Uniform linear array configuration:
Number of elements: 32
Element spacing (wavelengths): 0.25
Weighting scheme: binomial
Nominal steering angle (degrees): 15
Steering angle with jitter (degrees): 15.436
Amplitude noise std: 0.05
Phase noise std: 0.05

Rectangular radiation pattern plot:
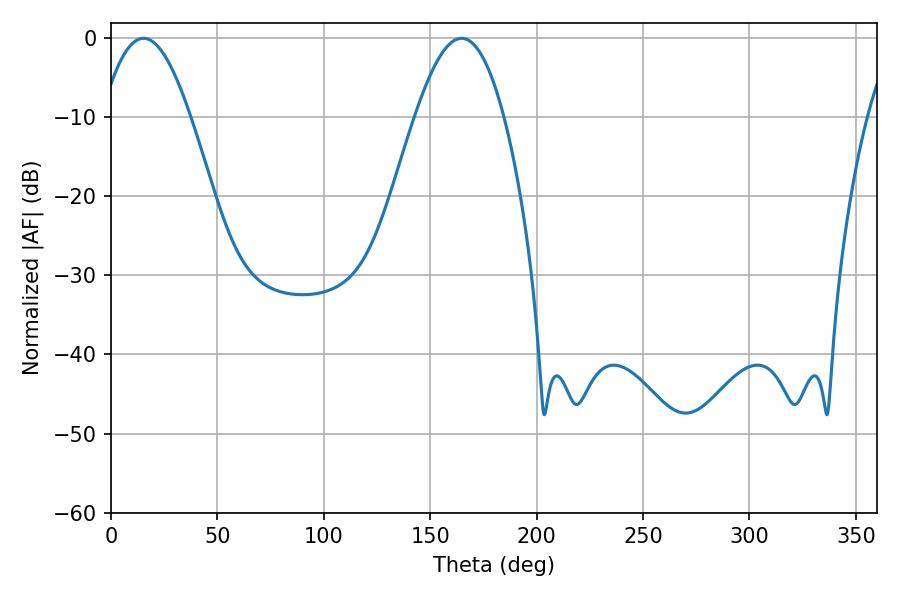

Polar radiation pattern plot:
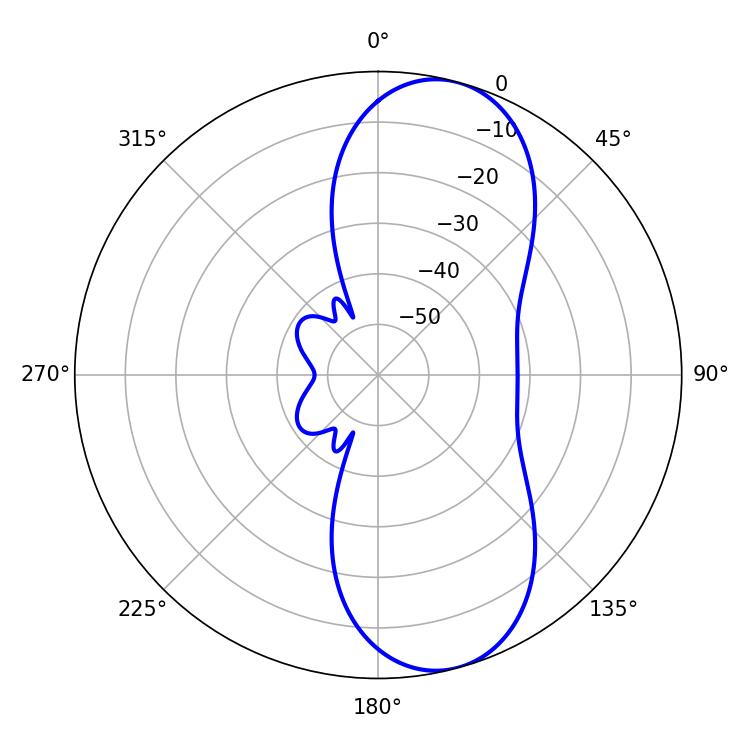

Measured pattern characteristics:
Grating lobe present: FALSE
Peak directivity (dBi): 9.312
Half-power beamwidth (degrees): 22.5
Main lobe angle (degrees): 15.3